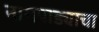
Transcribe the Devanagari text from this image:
नागपाड्याचा